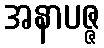
အနာပဇ္ဇ